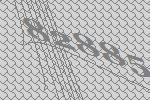
82885